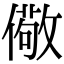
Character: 儆